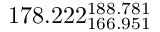
1 7 8 . 2 2 2 _ { 1 6 6 . 9 5 1 } ^ { 1 8 8 . 7 8 1 }